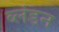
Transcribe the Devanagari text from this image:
ब्लंडन